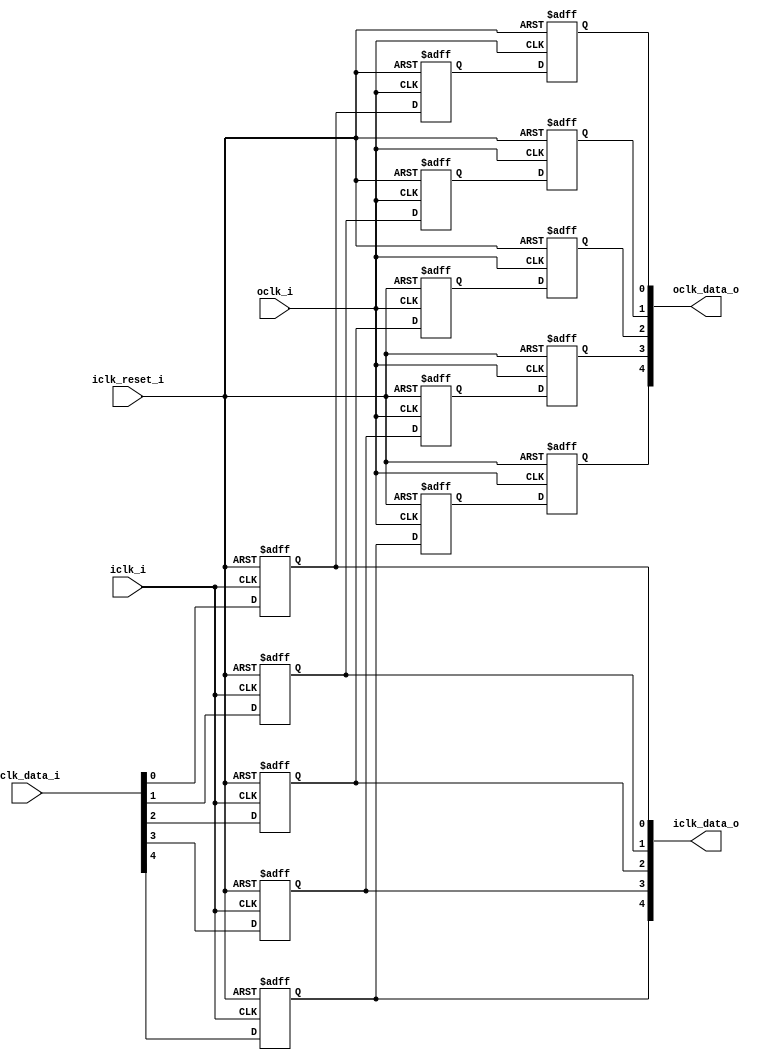
module bsg_launch_sync_sync_async_reset_negedge_5_unit
(
  iclk_i,
  iclk_reset_i,
  oclk_i,
  iclk_data_i,
  iclk_data_o,
  oclk_data_o
);

  input [4:0] iclk_data_i;
  output [4:0] iclk_data_o;
  output [4:0] oclk_data_o;
  input iclk_i;
  input iclk_reset_i;
  input oclk_i;
  wire [4:0] iclk_data_o,oclk_data_o,bsg_SYNC_1_r;
  wire N0;
  reg iclk_data_o_4_sv2v_reg,iclk_data_o_3_sv2v_reg,iclk_data_o_2_sv2v_reg,
  iclk_data_o_1_sv2v_reg,iclk_data_o_0_sv2v_reg,bsg_SYNC_1_r_4_sv2v_reg,
  bsg_SYNC_1_r_3_sv2v_reg,bsg_SYNC_1_r_2_sv2v_reg,bsg_SYNC_1_r_1_sv2v_reg,bsg_SYNC_1_r_0_sv2v_reg,
  oclk_data_o_4_sv2v_reg,oclk_data_o_3_sv2v_reg,oclk_data_o_2_sv2v_reg,
  oclk_data_o_1_sv2v_reg,oclk_data_o_0_sv2v_reg;
  assign iclk_data_o[4] = iclk_data_o_4_sv2v_reg;
  assign iclk_data_o[3] = iclk_data_o_3_sv2v_reg;
  assign iclk_data_o[2] = iclk_data_o_2_sv2v_reg;
  assign iclk_data_o[1] = iclk_data_o_1_sv2v_reg;
  assign iclk_data_o[0] = iclk_data_o_0_sv2v_reg;
  assign bsg_SYNC_1_r[4] = bsg_SYNC_1_r_4_sv2v_reg;
  assign bsg_SYNC_1_r[3] = bsg_SYNC_1_r_3_sv2v_reg;
  assign bsg_SYNC_1_r[2] = bsg_SYNC_1_r_2_sv2v_reg;
  assign bsg_SYNC_1_r[1] = bsg_SYNC_1_r_1_sv2v_reg;
  assign bsg_SYNC_1_r[0] = bsg_SYNC_1_r_0_sv2v_reg;
  assign oclk_data_o[4] = oclk_data_o_4_sv2v_reg;
  assign oclk_data_o[3] = oclk_data_o_3_sv2v_reg;
  assign oclk_data_o[2] = oclk_data_o_2_sv2v_reg;
  assign oclk_data_o[1] = oclk_data_o_1_sv2v_reg;
  assign oclk_data_o[0] = oclk_data_o_0_sv2v_reg;

  always @(posedge N0 or posedge iclk_reset_i) begin
    if(iclk_reset_i) begin
      iclk_data_o_4_sv2v_reg <= 1'b0;
    end else if(1'b1) begin
      iclk_data_o_4_sv2v_reg <= iclk_data_i[4];
    end 
  end


  always @(posedge N0 or posedge iclk_reset_i) begin
    if(iclk_reset_i) begin
      iclk_data_o_3_sv2v_reg <= 1'b0;
    end else if(1'b1) begin
      iclk_data_o_3_sv2v_reg <= iclk_data_i[3];
    end 
  end


  always @(posedge N0 or posedge iclk_reset_i) begin
    if(iclk_reset_i) begin
      iclk_data_o_2_sv2v_reg <= 1'b0;
    end else if(1'b1) begin
      iclk_data_o_2_sv2v_reg <= iclk_data_i[2];
    end 
  end


  always @(posedge N0 or posedge iclk_reset_i) begin
    if(iclk_reset_i) begin
      iclk_data_o_1_sv2v_reg <= 1'b0;
    end else if(1'b1) begin
      iclk_data_o_1_sv2v_reg <= iclk_data_i[1];
    end 
  end


  always @(posedge N0 or posedge iclk_reset_i) begin
    if(iclk_reset_i) begin
      iclk_data_o_0_sv2v_reg <= 1'b0;
    end else if(1'b1) begin
      iclk_data_o_0_sv2v_reg <= iclk_data_i[0];
    end 
  end


  always @(posedge oclk_i or posedge iclk_reset_i) begin
    if(iclk_reset_i) begin
      bsg_SYNC_1_r_4_sv2v_reg <= 1'b0;
    end else if(1'b1) begin
      bsg_SYNC_1_r_4_sv2v_reg <= iclk_data_o[4];
    end 
  end


  always @(posedge oclk_i or posedge iclk_reset_i) begin
    if(iclk_reset_i) begin
      bsg_SYNC_1_r_3_sv2v_reg <= 1'b0;
    end else if(1'b1) begin
      bsg_SYNC_1_r_3_sv2v_reg <= iclk_data_o[3];
    end 
  end


  always @(posedge oclk_i or posedge iclk_reset_i) begin
    if(iclk_reset_i) begin
      bsg_SYNC_1_r_2_sv2v_reg <= 1'b0;
    end else if(1'b1) begin
      bsg_SYNC_1_r_2_sv2v_reg <= iclk_data_o[2];
    end 
  end


  always @(posedge oclk_i or posedge iclk_reset_i) begin
    if(iclk_reset_i) begin
      bsg_SYNC_1_r_1_sv2v_reg <= 1'b0;
    end else if(1'b1) begin
      bsg_SYNC_1_r_1_sv2v_reg <= iclk_data_o[1];
    end 
  end


  always @(posedge oclk_i or posedge iclk_reset_i) begin
    if(iclk_reset_i) begin
      bsg_SYNC_1_r_0_sv2v_reg <= 1'b0;
    end else if(1'b1) begin
      bsg_SYNC_1_r_0_sv2v_reg <= iclk_data_o[0];
    end 
  end


  always @(posedge oclk_i or posedge iclk_reset_i) begin
    if(iclk_reset_i) begin
      oclk_data_o_4_sv2v_reg <= 1'b0;
    end else if(1'b1) begin
      oclk_data_o_4_sv2v_reg <= bsg_SYNC_1_r[4];
    end 
  end


  always @(posedge oclk_i or posedge iclk_reset_i) begin
    if(iclk_reset_i) begin
      oclk_data_o_3_sv2v_reg <= 1'b0;
    end else if(1'b1) begin
      oclk_data_o_3_sv2v_reg <= bsg_SYNC_1_r[3];
    end 
  end


  always @(posedge oclk_i or posedge iclk_reset_i) begin
    if(iclk_reset_i) begin
      oclk_data_o_2_sv2v_reg <= 1'b0;
    end else if(1'b1) begin
      oclk_data_o_2_sv2v_reg <= bsg_SYNC_1_r[2];
    end 
  end


  always @(posedge oclk_i or posedge iclk_reset_i) begin
    if(iclk_reset_i) begin
      oclk_data_o_1_sv2v_reg <= 1'b0;
    end else if(1'b1) begin
      oclk_data_o_1_sv2v_reg <= bsg_SYNC_1_r[1];
    end 
  end


  always @(posedge oclk_i or posedge iclk_reset_i) begin
    if(iclk_reset_i) begin
      oclk_data_o_0_sv2v_reg <= 1'b0;
    end else if(1'b1) begin
      oclk_data_o_0_sv2v_reg <= bsg_SYNC_1_r[0];
    end 
  end

  assign N0 = ~iclk_i;

endmodule